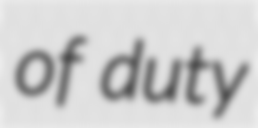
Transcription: of duty